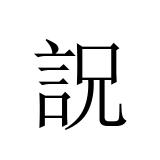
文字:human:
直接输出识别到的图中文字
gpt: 詋